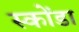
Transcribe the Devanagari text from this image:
स्कोंडा